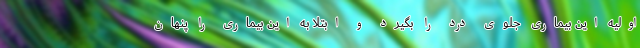
اولیه این بیماری جلوی درد را بگیرد و ابتلا به این بیماری را پنهان